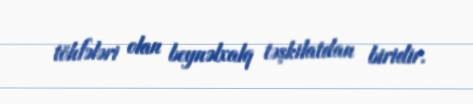
töhfələri olan beynəlxalq təşkilatdan biridir.